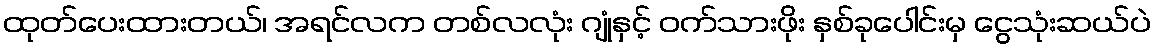
ထုတ်ပေးထားတယ်၊ အရင်လက တစ်လလုံး ဂျုံနှင့် ဝက်သားဖိုး နှစ်ခုပေါင်းမှ ငွေသုံးဆယ်ပဲ